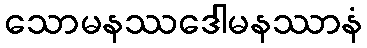
သောမနဿဒေါမနဿာနံ